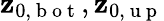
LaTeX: \mathbf{z}_{0,\mathrm{{~b~o~t~}}},\mathbf{z}_{0,\mathrm{{~u~p~}}}